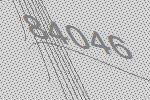
84046